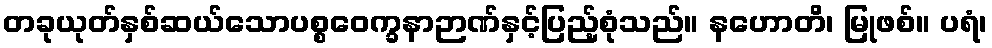
တခုယုတ်နှစ်ဆယ်သောပစ္စဝေက္ခနာဉာဏ်နှင့်ပြည့်စုံသည်။ နဟောတိ၊ မြုဖစ်။ ပရံ၊